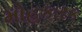
મોહકારક